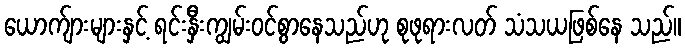
ယောက်ျားများနှင့် ရင်းနှီးကျွမ်းဝင်စွာနေသည်ဟု စုဖုရားလတ် သံသယဖြစ်နေ သည်။